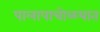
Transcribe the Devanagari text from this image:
पालापाचोळयात